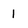
Character: I